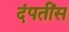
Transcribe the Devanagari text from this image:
दंपतींस